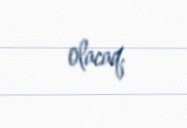
olacaq.